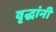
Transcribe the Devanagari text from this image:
वृद्धांनी